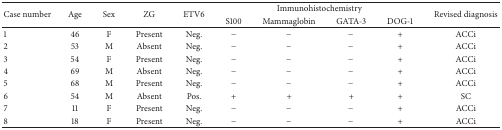
<table><thead><tr><td rowspan="2"><b>Case number</b></td><td rowspan="2"><b>Age</b></td><td rowspan="2"><b>Sex</b></td><td rowspan="2"><b>ZG</b></td><td rowspan="2"><b>ETV6</b></td><td colspan="4"><b>Immunohistochemistry</b></td><td rowspan="2"><b>Revised diagnosis</b></td></tr><tr><td><b>S100</b></td><td><b>Mammaglobin </b></td><td><b>GATA-3</b></td><td><b>DOG-1</b></td></tr></thead><tbody><tr><td>1</td><td>46</td><td>F</td><td>Present</td><td>Neg.</td><td>−</td><td>−</td><td>−</td><td>+</td><td>ACCi</td></tr><tr><td>2</td><td>53</td><td>M</td><td>Absent</td><td>Neg.</td><td>−</td><td>−</td><td>−</td><td>+</td><td>ACCi</td></tr><tr><td>3</td><td>54</td><td>F</td><td>Present</td><td>Neg.</td><td>−</td><td>−</td><td>−</td><td>+</td><td>ACCi</td></tr><tr><td>4</td><td>69</td><td>M</td><td>Absent</td><td>Neg.</td><td>−</td><td>−</td><td>−</td><td>+</td><td>ACCi</td></tr><tr><td>5</td><td>68</td><td>M</td><td>Present</td><td>Neg.</td><td>−</td><td>−</td><td>−</td><td>+</td><td>ACCi</td></tr><tr><td>6</td><td>54</td><td>M</td><td>Absent</td><td>Pos.</td><td>+</td><td>+</td><td>+</td><td>+</td><td>SC</td></tr><tr><td>7</td><td>11</td><td>F</td><td>Present</td><td>Neg.</td><td>−</td><td>−</td><td>−</td><td>+</td><td>ACCi</td></tr><tr><td>8</td><td>18</td><td>F</td><td>Present</td><td>Neg.</td><td>−</td><td>−</td><td>−</td><td>+</td><td>ACCi</td></tr></tbody></table>